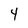
Character: 4